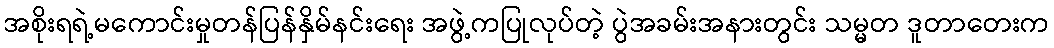
အစိုးရရဲ့မကောင်းမှုတန်ပြန်နှိမ်နင်းရေး အဖွဲ့ကပြုလုပ်တဲ့ ပွဲအခမ်းအနားတွင်း သမ္မတ ဒူတာတေးက